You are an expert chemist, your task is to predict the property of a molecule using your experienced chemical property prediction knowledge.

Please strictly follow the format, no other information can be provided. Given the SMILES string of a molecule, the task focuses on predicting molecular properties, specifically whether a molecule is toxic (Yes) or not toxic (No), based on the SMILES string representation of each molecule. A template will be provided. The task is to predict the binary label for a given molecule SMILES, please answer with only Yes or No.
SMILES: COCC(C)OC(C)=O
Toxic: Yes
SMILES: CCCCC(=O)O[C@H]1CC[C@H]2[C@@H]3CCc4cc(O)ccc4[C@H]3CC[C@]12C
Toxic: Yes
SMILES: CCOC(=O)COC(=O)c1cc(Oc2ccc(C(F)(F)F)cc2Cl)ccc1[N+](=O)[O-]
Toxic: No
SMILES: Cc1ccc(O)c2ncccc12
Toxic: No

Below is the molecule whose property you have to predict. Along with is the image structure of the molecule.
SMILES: CCC(=O)C=Cc1ccc(OC)cc1
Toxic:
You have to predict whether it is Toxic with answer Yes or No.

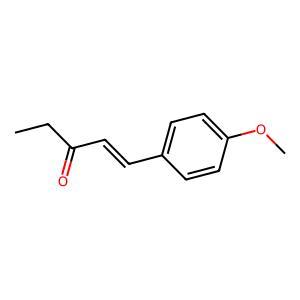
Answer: No